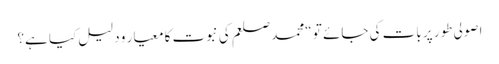
اصولی طور پر بات کی جائے تو “محمد صلعم کی نبوت کا معیار و دلیل کیا ہے؟